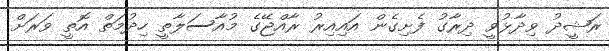
ރަޝީދު ވިދާޅުވީ ދިރާގު ފެށިގެން އައިއިރު ރާއްޖޭގެ މުއާސަލާތީ ހިދުމަތް އޮތީ ވަރަށް